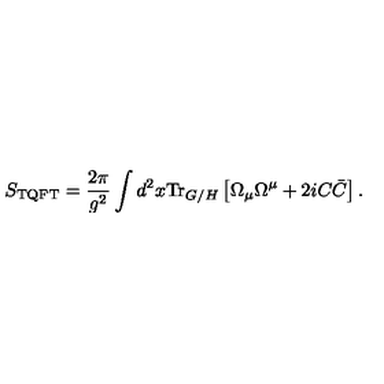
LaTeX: S _ { \mathrm { T Q F T } } = \frac { 2 \pi } { g ^ { 2 } } \int d ^ { 2 } x \mathrm { T r } _ { G / H } \left[ \Omega _ { \mu } \Omega ^ { \mu } + 2 i C \bar { C } \right] .